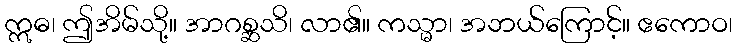
ဣဓ၊ ဤအိမ်သို့။ အာဂစ္ဆသိ၊ လာ၏။ ကသ္မာ၊ အဘယ်ကြောင့်။ ဧကောဝ၊